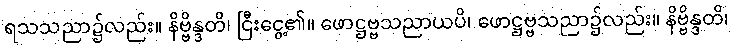
ရသသညာ၌လည်း။ နိဗ္ဗိန္ဒတိ၊ ငြီးငွေ့၏။ ဖောဋ္ဌဗ္ဗသညာယပိ၊ ဖောဋ္ဌဗ္ဗသညာ၌လည်း။ နိဗ္ဗိန္ဒတိ၊